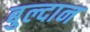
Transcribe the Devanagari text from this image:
बुल्दान